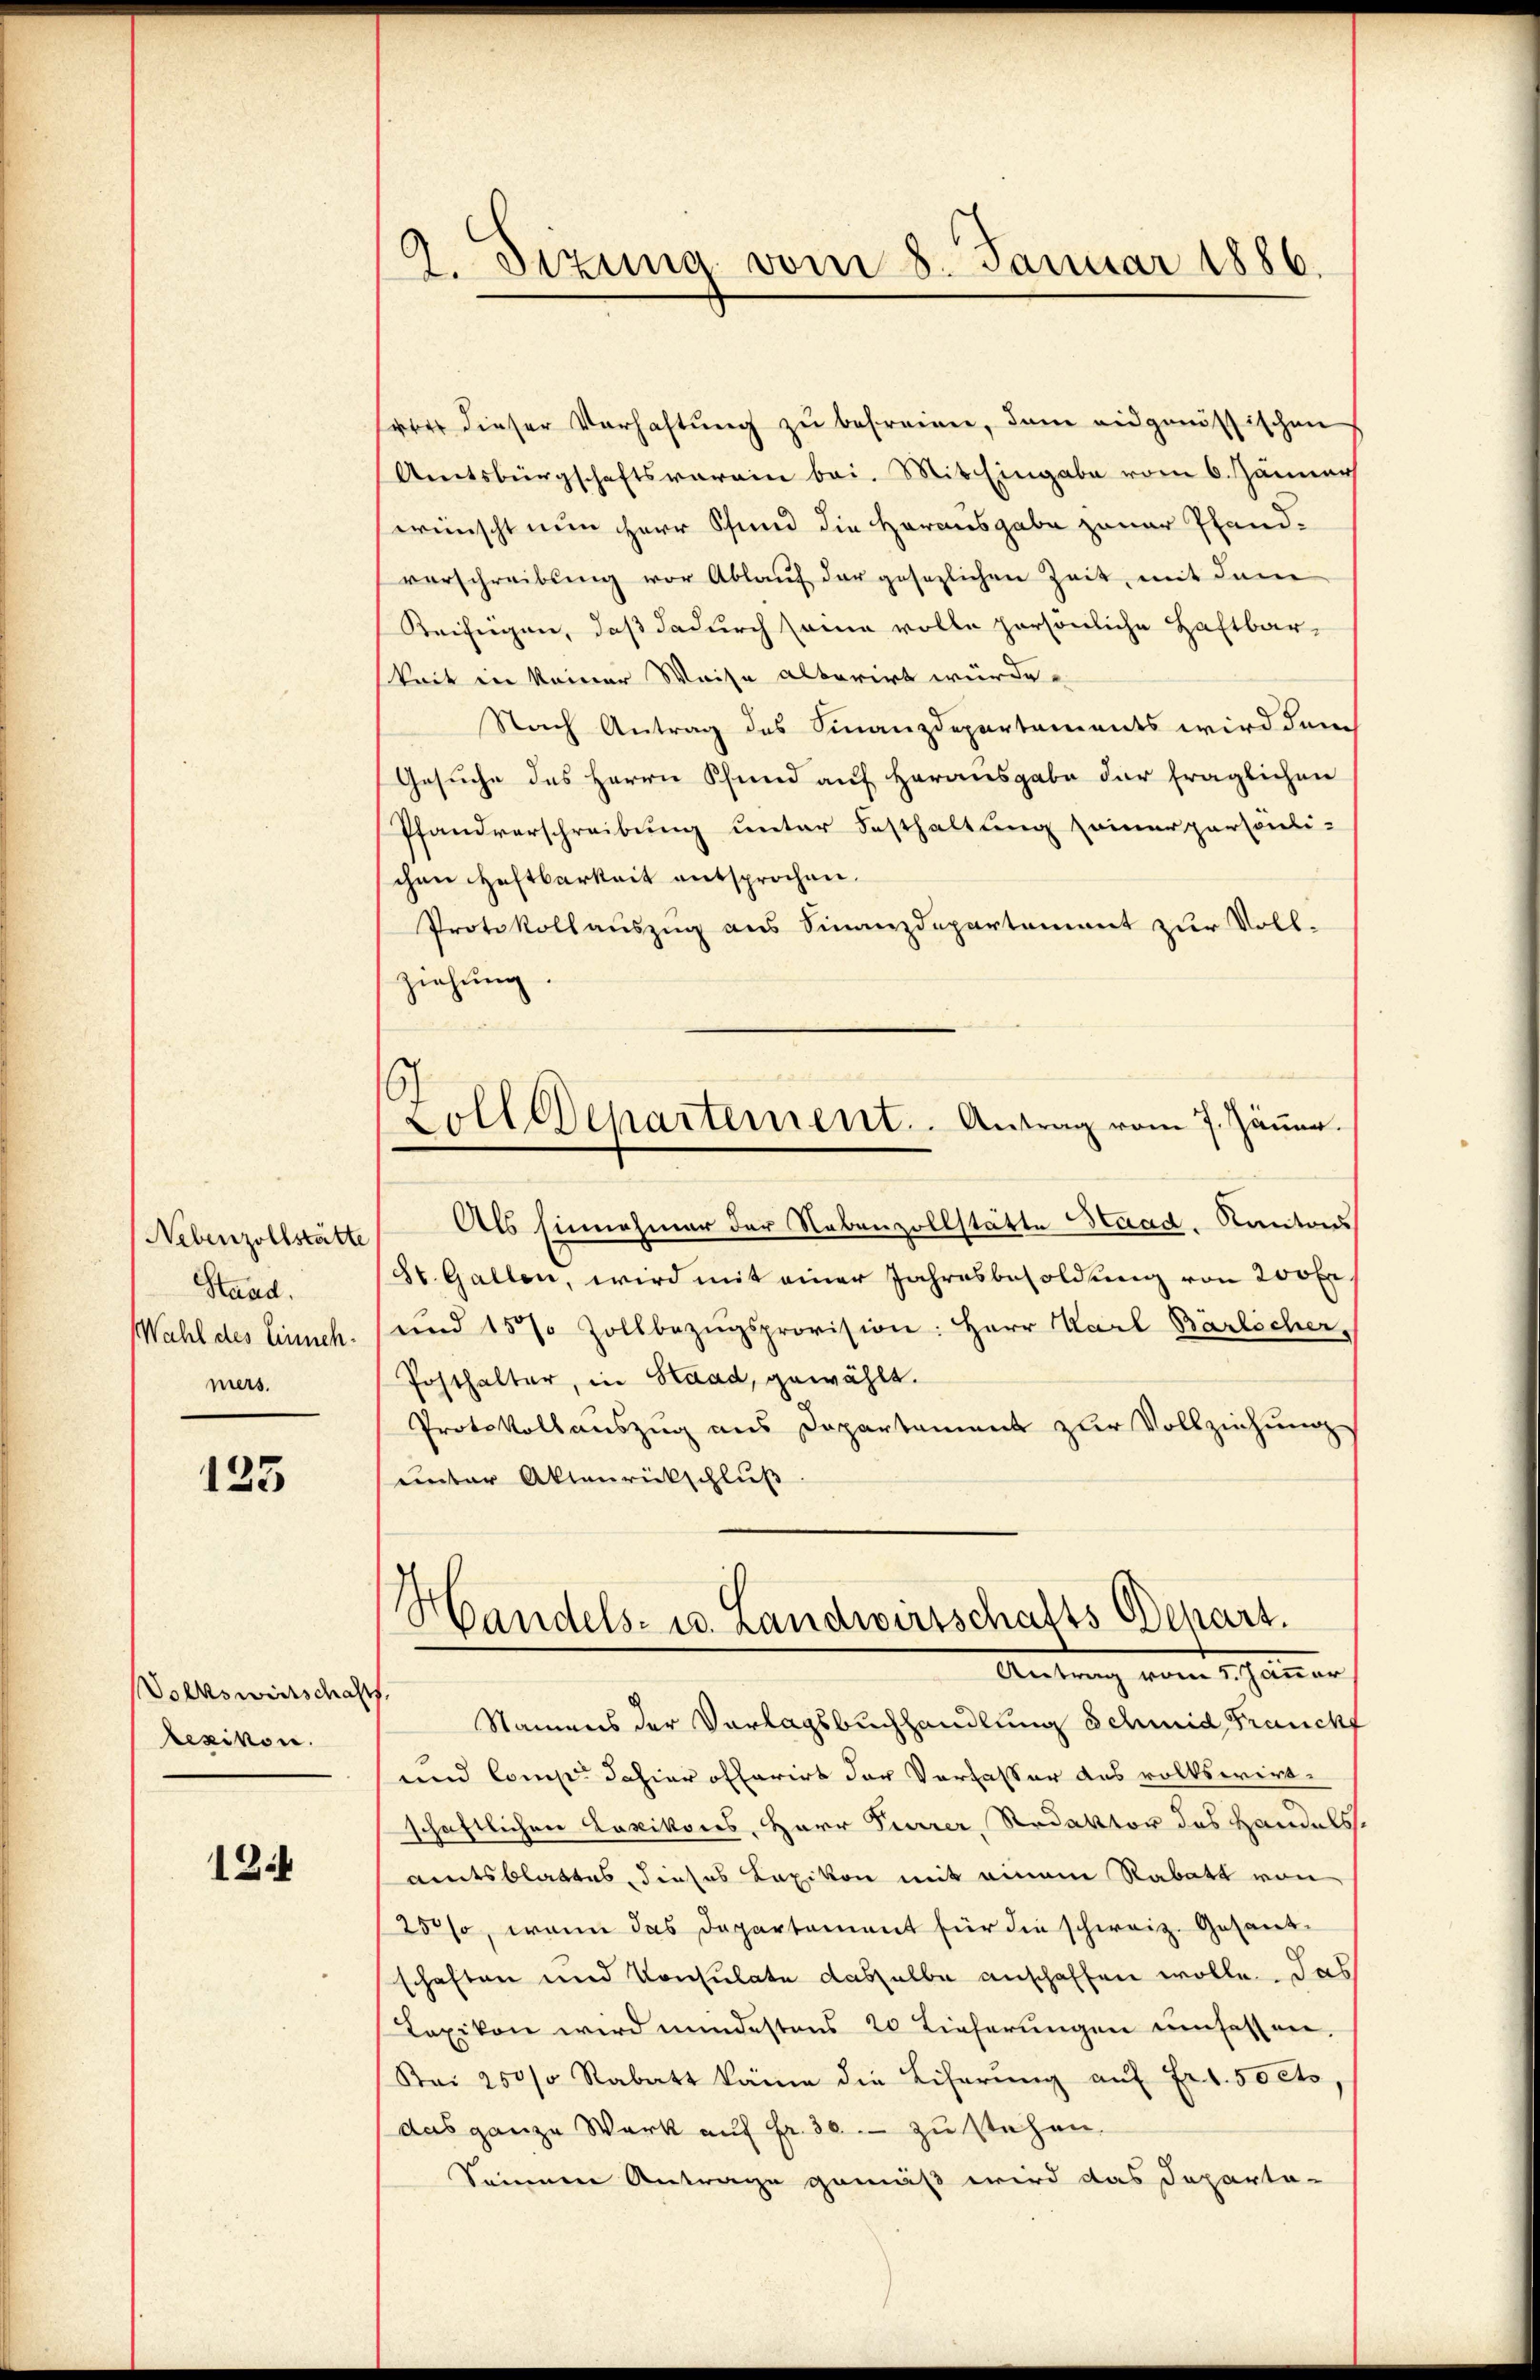
Nebenzollstätte
Stand.
Wahl des Einnehmers.

133

Volkswirtschafts
Lexikon.

124

l. Sizung vom 8. Januar 1886.

vor dieser Verhaltŭng zŭ befreien, dann eidgenössischen
Amtsbürgschaftsverein bei. Mit Eingabe vom 6. Jänner
wünscht nun Herr Pfund die Herausgabe zunar Pfandverschreibung vor Ablauf der gesezlichen Zeit, mit dem
Beifügen, daß dadurch seine volle persönliche Haftbar-
keit in keiner Weise alterirt würde.
Nach Antrag des Finanzdepartements wird dem
Gesuche des Herrn Pfund auf Herausgabe der fraglichen
Pfandverschreibung unter Festhaltung seiner persönlichen Haftbarkeit entsprochen.
Protokollauszug aus Finanzdepartement zur Voll-
ziehung.
Als Einnehmer der Nebenzollstätte Haad. Kantons
St. Gallen, wird mit einer Jahresbesoldung von 200 fr
und 157 Zollbezŭgsprovision: Herr Karl Bärlicher,
Posthalter, in Staad, gewählt.
Protokollauszug aus Departament zur Vollziehungs
unter Aktenrückschluß
Handels- u. Landwirtschafts Depart.
aner
Namens der Vorlagsbuchhandlung Schmid, Frauchf
und Comp. dahier offerirt der Verfasser des volkswirt-
schaftlichen Laxikons, Herr Furrer, Redaktor des Handels.
amtsblattes, dieses Kaxikon mit einem Rabatt von
25so, wenn das Departement für die schweiz. Gesandschaften und Konsulate dasselbe anschaffen wolle. Das
Lexikon wird mindestens 20 Lieferungen umfassen.
Nai 250% Rabatt käme die Liherŭng aŭf Ert.50 cts,
das ganze Werk auf fr. 30. zu stehen.
Sonnen Antrage gemäß wird das Departa-

6.
Loll Departement. Antrag vom 7. Jänner.